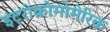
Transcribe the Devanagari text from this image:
इंट्रोक्रोमोमेरिक